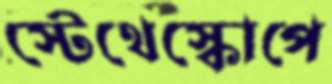
স্টেথেস্কোপে